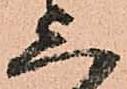
上